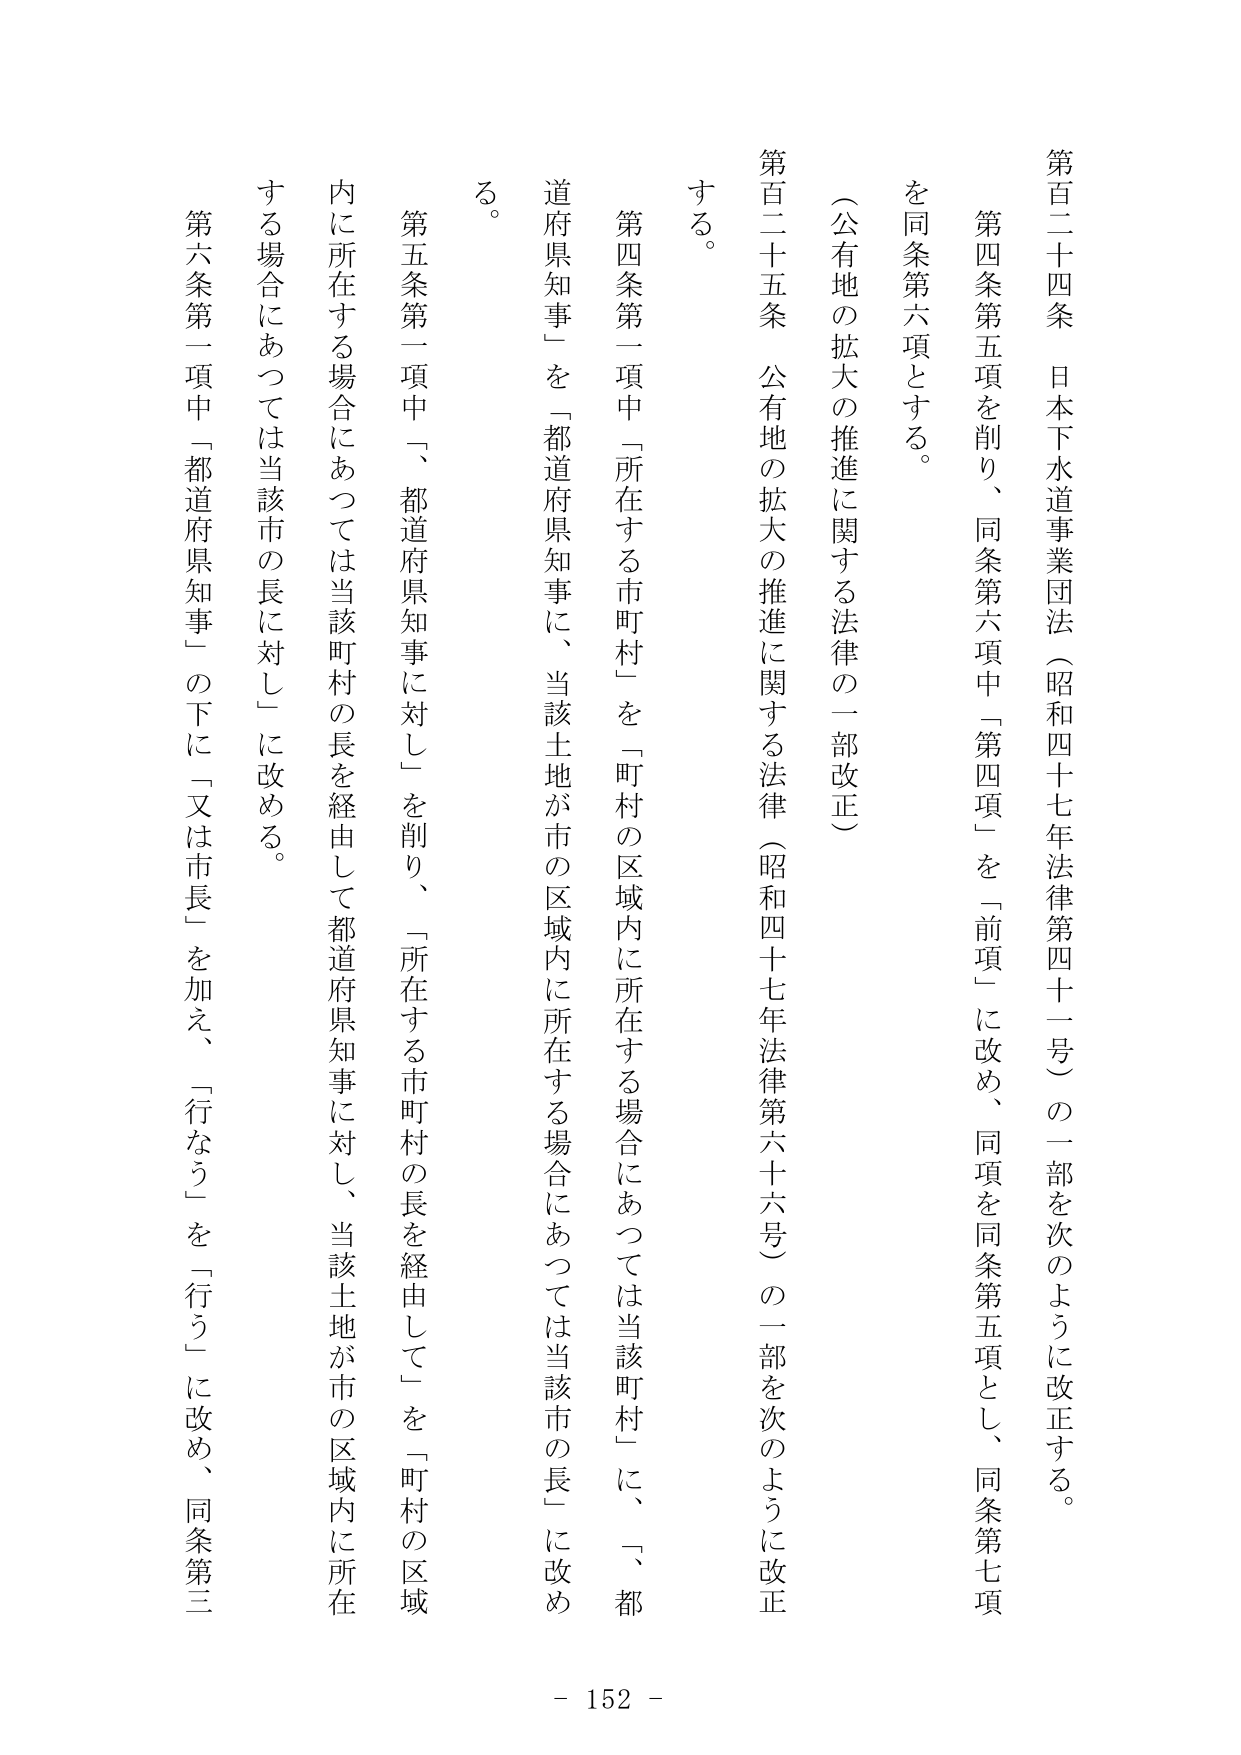
第百二十四条 日本下水道事業団法（昭和四十七年法律第四十一号）の一部を次のように改正する。

第四条第五項を削り、同条第六項中「第四項」を「前項」に改め、同項を同条第五項とし、同条第七項を同条第六項とする。

（公有地の拡大の推進に関する法律の一部改正）

第百二十五条 公有地の拡大の推進に関する法律（昭和四十七年法律第六十六号）の一部を次のように改正する。

第四条第一項中「所在する市町村」を「町村の区域内に所在する場合にあつては当該町村」に、「都道府県知事」を「都道府県知事に、当該土地が市の区域内に所在する場合にあつては当該市の長」に改める。

第五条第一項中「、都道府県知事に対し」を削り、「所在する市町村の長を経由して」を「町村の区域内に所在する場合にあつては当該町村の長を経由して都道府県知事に対し、当該土地が市の区域内に所在する場合にあつては当該市の長に対し」に改める。

第六条第一項中「都道府県知事」の下に「又は市長」を加え、「行なう」を「行う」に改め、同条第三

- 152 -